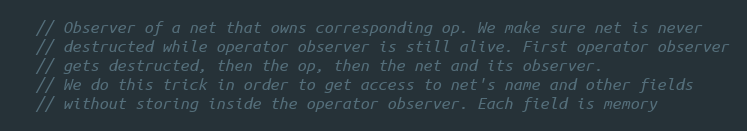
Language: C
  // Observer of a net that owns corresponding op. We make sure net is never
  // destructed while operator observer is still alive. First operator observer
  // gets destructed, then the op, then the net and its observer.
  // We do this trick in order to get access to net's name and other fields
  // without storing inside the operator observer. Each field is memory